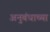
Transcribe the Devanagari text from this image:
अनुबंधाच्या